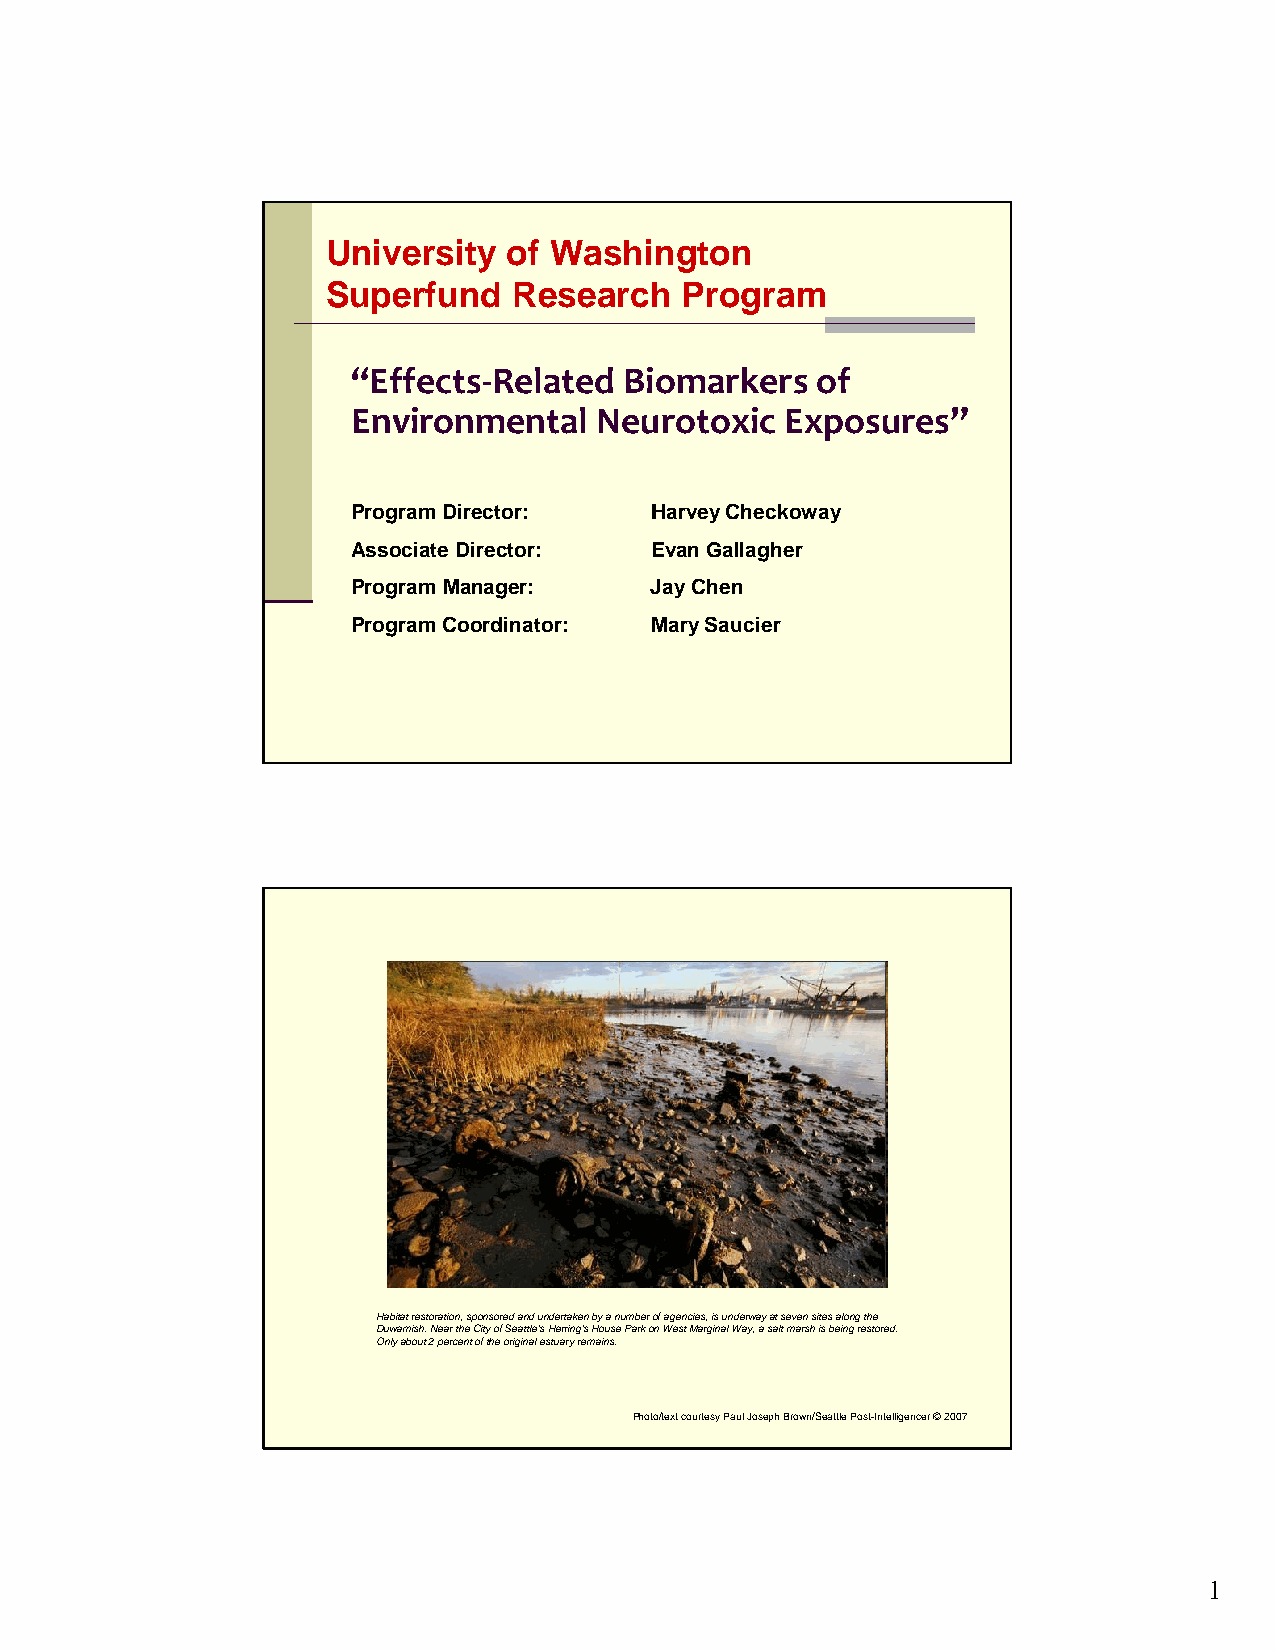
University  of Washington
 Superfund   Research   Program
 “Effects‐Related  Biomarkers   of
 Environmental   Neurotoxic   Exposures”
 Program Director:   Harvey Checkoway
 Associate Director: Evan Gallagher
 Program Manager:    Jay Chen
 Program Coordinator: Mary Saucier
 Habitat restoration, sponsored and undertaken by a number of agencies, is underway at seven sites along the
 Duwamish. Near the City of Seattle's Herring's House Park on West Marginal Way, a salt marsh is being restored.
 Only about 2 percent of the original estuary remains.
 Photo/text courtesy Paul Joseph Brown/Seattle Post-Intelligencer ©2007
 1